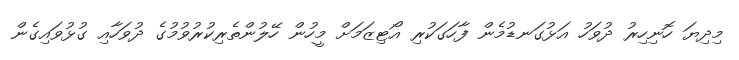
މިދިޔަ ހޮނިހިރު ދުވަހު އަޅުގަނޑުމެން ފާހަގަކުރި އޯޓިޒަމަށް މީހުން ހޭލުންތެރިކުރުވުމުގެ ދުވަހާއި ގުޅުވައިގެން